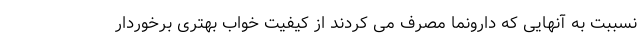
نسببت به آنهایی که دارونما مصرف می کردند از کیفیت خواب بهتری برخوردار